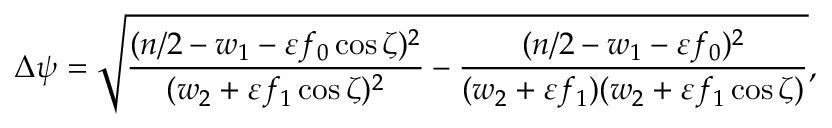
\Delta \psi = \sqrt { \frac { ( n / 2 - w _ { 1 } - \varepsilon f _ { 0 } \cos \zeta ) ^ { 2 } } { ( w _ { 2 } + \varepsilon f _ { 1 } \cos \zeta ) ^ { 2 } } - \frac { ( n / 2 - w _ { 1 } - \varepsilon f _ { 0 } ) ^ { 2 } } { ( w _ { 2 } + \varepsilon f _ { 1 } ) ( w _ { 2 } + \varepsilon f _ { 1 } \cos \zeta ) } } ,